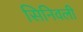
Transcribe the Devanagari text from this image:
सिनिवली